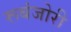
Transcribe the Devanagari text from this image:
रूबंजोरी